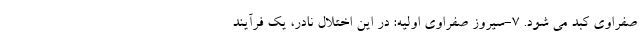
صفراوی کبد می شود. 7-سیروز صفراوی اولیه: در این اختلال نادر، یک فرآیند